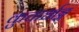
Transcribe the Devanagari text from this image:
कुचार्धाङ्ग